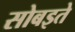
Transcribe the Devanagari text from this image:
सोबइते